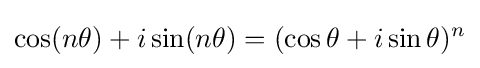
\cos(n\theta )+i\sin(n\theta )=(\cos \theta +i\sin \theta )^{n}